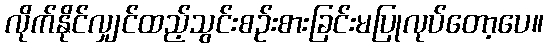
လိုက်နိုင်လျှင်ထည့်သွင်းစဉ်းစားခြင်းမပြုလုပ်တော့ပေ။